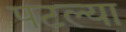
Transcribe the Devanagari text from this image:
पटल्या